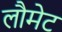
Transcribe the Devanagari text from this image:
लौमेट